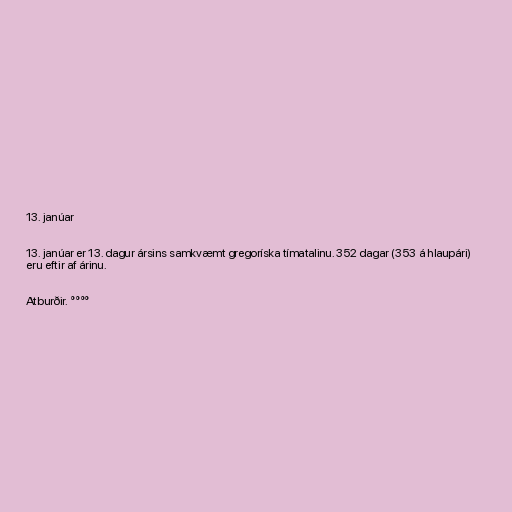
13. janúar

13. janúar er 13. dagur ársins samkvæmt gregoríska tímatalinu. 352 dagar (353 á hlaupári)
eru eftir af árinu.

Atburðir. °°°°